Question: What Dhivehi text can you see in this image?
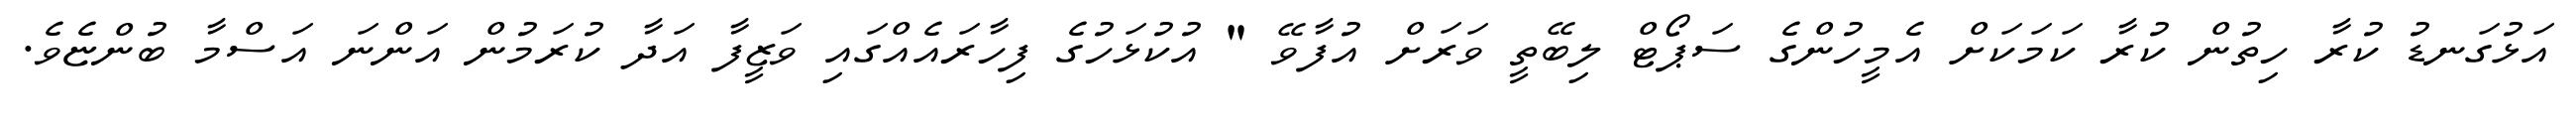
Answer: އަޅުގަނޑު ކުރާ ހިތުން ކުރާ ކަމަކަށް އެމީހުންގެ ސަޕޯޓް ލިބޭތީ ވަރަށް އުފާވޭ " އުކުޅަހުގެ ފިހާރައެއްގައި ވަޒީފާ އަދާ ކުރަމުން އަންނަ އަސްމާ ބުންޏެވެ.